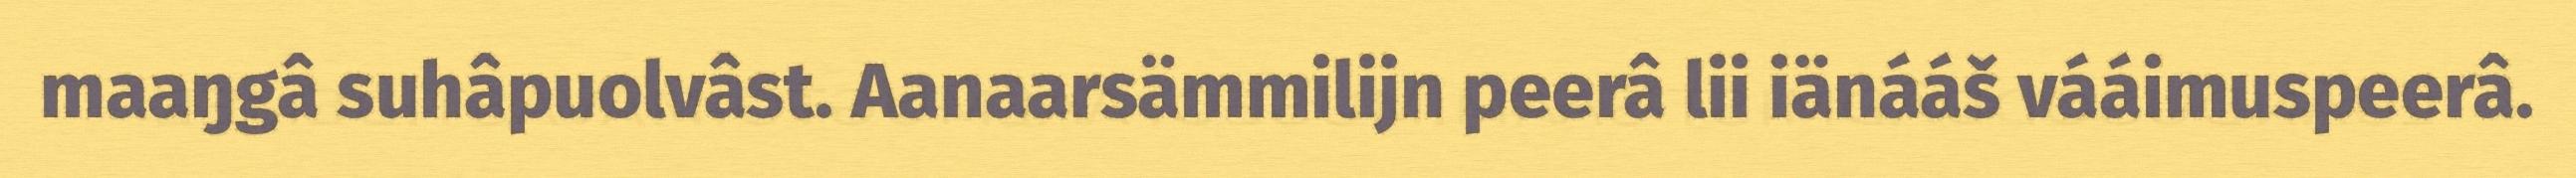
maaŋgâ suhâpuolvâst. Aanaarsämmilijn peerâ lii iänááš vááimuspeerâ.